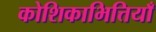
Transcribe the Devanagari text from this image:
कोशिकाभित्तियाँ